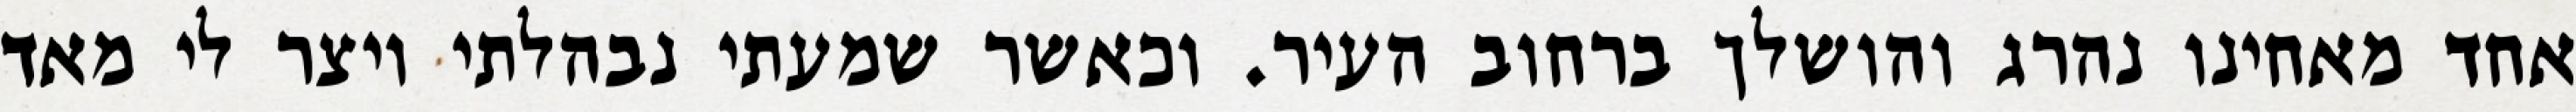
אחד מאחינו נהרג והושלך ברחוב העיר. וכאשר שמעתי נבהלתי ויצר לי מאד